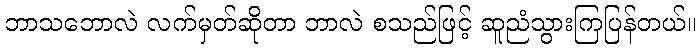
ဘာသဘောလဲ လက်မှတ်ဆိုတာ ဘာလဲ စသည်ဖြင့် ဆူညံသွားကြပြန်တယ်။